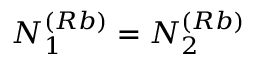
N _ { 1 } ^ { ( R b ) } = N _ { 2 } ^ { ( R b ) }